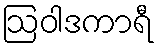
ဩဝါဒကာရီ